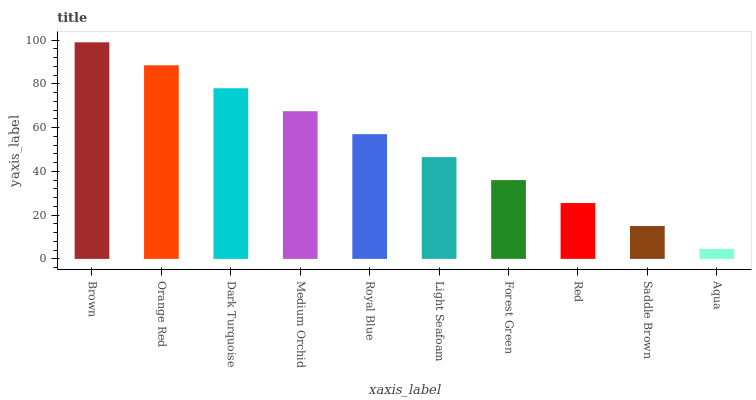
| xaxis_label | bars |
 | --- | --- |
 | Brown | 99 |
 | Orange Red | 88.5 |
 | Dark Turquoise | 78 |
 | Medium Orchid | 67.5 |
 | Royal Blue | 57 |
 | Light Seafoam | 46.5 |
 | Forest Green | 36 |
 | Red | 25.5 |
 | Saddle Brown | 15 |
 | Aqua | 4.53 |